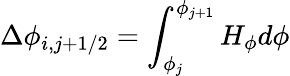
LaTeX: \displaystyle\Delta\phi_{i,j+1/2}=\int_{\phi_{j}}^{\phi_{j+1}}H_{\phi}d\phi